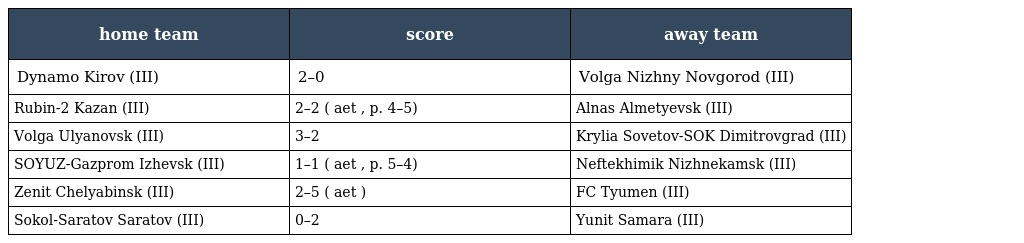
| home team | score | away team |
 | --- | --- | --- |
 | Dynamo Kirov (III) | 2–0 | Volga Nizhny Novgorod (III) |
 | Rubin-2 Kazan (III) | 2–2 ( aet , p. 4–5) | Alnas Almetyevsk (III) |
 | Volga Ulyanovsk (III) | 3–2 | Krylia Sovetov-SOK Dimitrovgrad (III) |
 | SOYUZ-Gazprom Izhevsk (III) | 1–1 ( aet , p. 5–4) | Neftekhimik Nizhnekamsk (III) |
 | Zenit Chelyabinsk (III) | 2–5 ( aet ) | FC Tyumen (III) |
 | Sokol-Saratov Saratov (III) | 0–2 | Yunit Samara (III) |